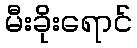
မီးခိုးရောင်